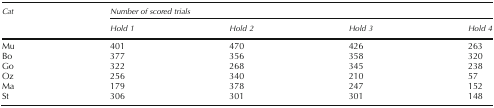
<table><thead><tr><td rowspan="2"><b>Cat</b></td><td colspan="4"><b>Number of scored trials</b></td></tr><tr><td><b>Hold 1</b></td><td><b>Hold 2</b></td><td><b>Hold 3</b></td><td><b>Hold 4</b></td></tr></thead><tbody><tr><td>Mu</td><td>401</td><td>470</td><td>426</td><td>263</td></tr><tr><td>Bo</td><td>377</td><td>356</td><td>358</td><td>320</td></tr><tr><td>Go</td><td>322</td><td>268</td><td>345</td><td>238</td></tr><tr><td>Oz</td><td>256</td><td>340</td><td>210</td><td>57</td></tr><tr><td>Ma</td><td>179</td><td>378</td><td>247</td><td>152</td></tr><tr><td>St</td><td>306</td><td>301</td><td>301</td><td>148</td></tr></tbody></table>